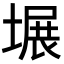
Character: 𪤍